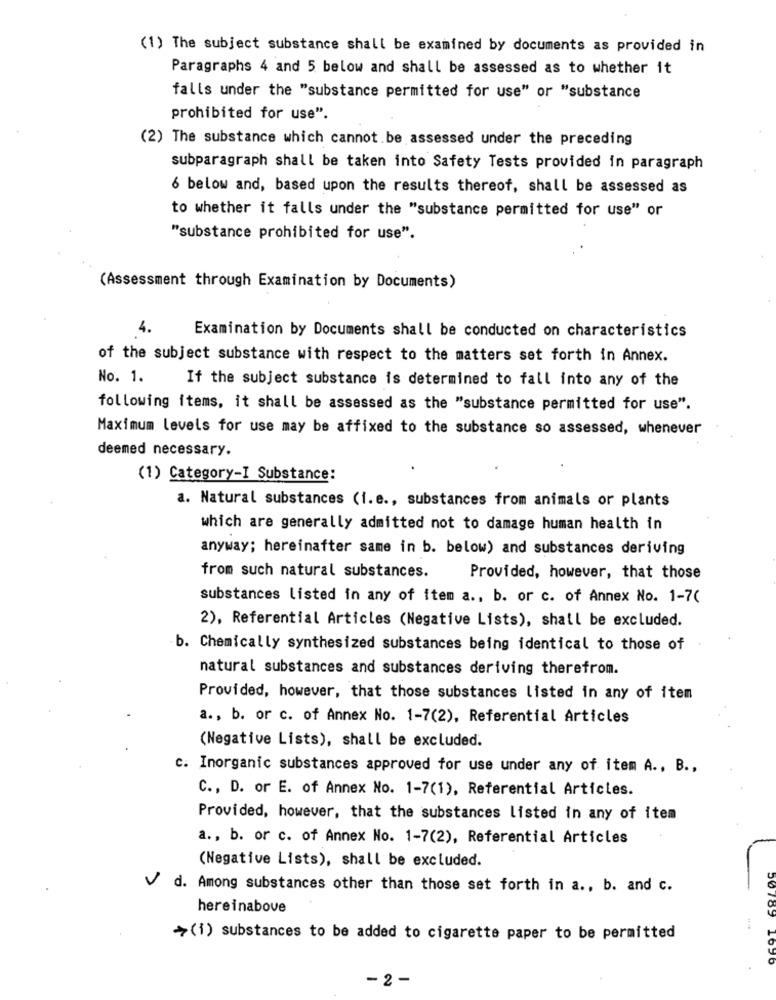
(1) The subject substance shall be examined by documents as provided in
Paragraphs 4 and 5 below and shall be assessed as to whether it
falls under the "substance permitted for use" or "substance
prohibited for use".
(2) The substance which cannot be assessed under the preceding
subparagraph shall be taken into Safety Tests provided in paragraph
6 below and, based upon the results thereof, shall be assessed as
to whether it falls under the "substance permitted for use" or
"substance prohibited for use".
(Assessment through Examination by Documents)
4.
Examination by Documents shall be conducted on characteristics
of the subject substance with respect to the matters set forth in Annex.
No. 1.
If the subject substance is determined to fall into any of the
following items, it shall be assessed as the "substance permitted for use".
Maximum levels for use may be affixed to the substance so assessed, whenever
deemed necessary.
(1) Category-I Substance:
a. Natural substances (i.e ., substances from animals or plants
which are generally admitted not to damage human health in
anyway; hereinafter same in b. below) and substances deriving
from such natural substances.
Provided, however, that those
substances listed in any of item a ., b. or c. of Annex No. 1-7(
2), Referential Articles (Negative Lists), shall be excluded.
b. Chemically synthesized substances being identical to those of
natural substances and substances deriving therefrom.
Provided, however, that those substances listed in any of item
a ., b. or c. of Annex No. 1-7(2), Referential Articles
(Negative Lists), shall be excluded.
c. Inorganic substances approved for use under any of item A ., B .,
C ., D. or E. of Annex No. 1-7(1), Referential Articles.
Provided, however, that the substances listed in any of item
a ., b. or c. of Annex No. 1-7(2), Referential Articles
(Negative Lists), shall be excluded.
V d. Among substances other than those set forth in a ., b. and c.
hereinabove
(i) substances to be added to cigarette paper to be permitted
50789 1696
- 2 -